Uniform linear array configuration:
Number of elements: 24
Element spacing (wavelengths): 0.25
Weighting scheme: binomial
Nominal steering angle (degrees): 15
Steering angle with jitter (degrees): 15.502
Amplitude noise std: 0.05
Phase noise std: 0.05

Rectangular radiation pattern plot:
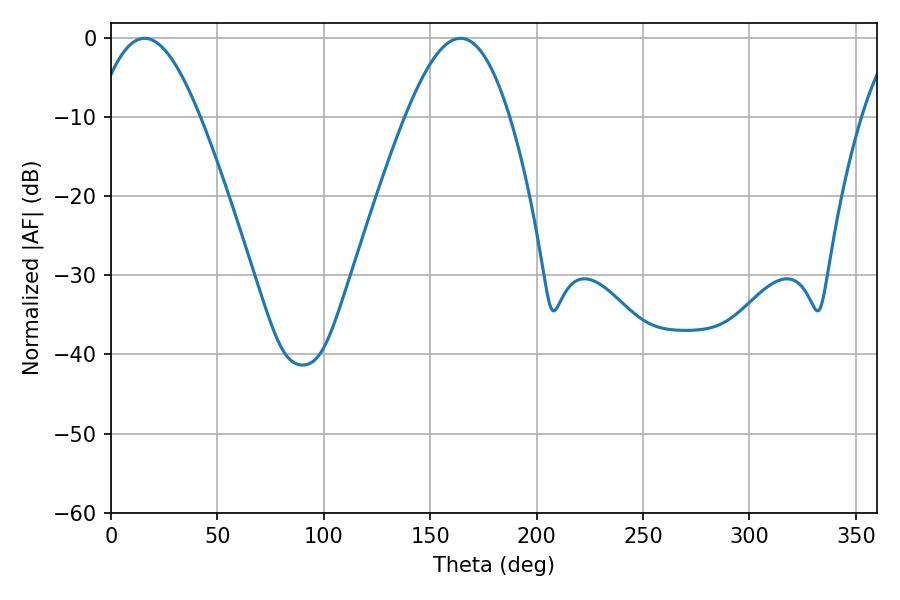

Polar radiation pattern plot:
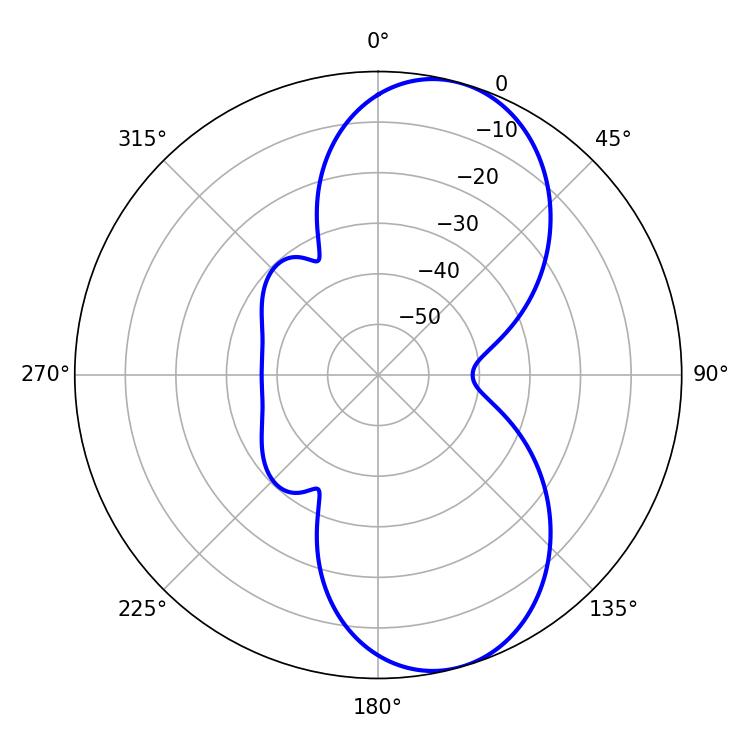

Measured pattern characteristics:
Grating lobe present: FALSE
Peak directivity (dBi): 8.503
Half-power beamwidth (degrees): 26.28
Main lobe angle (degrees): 15.84